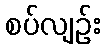
စပ်လျဉ်း